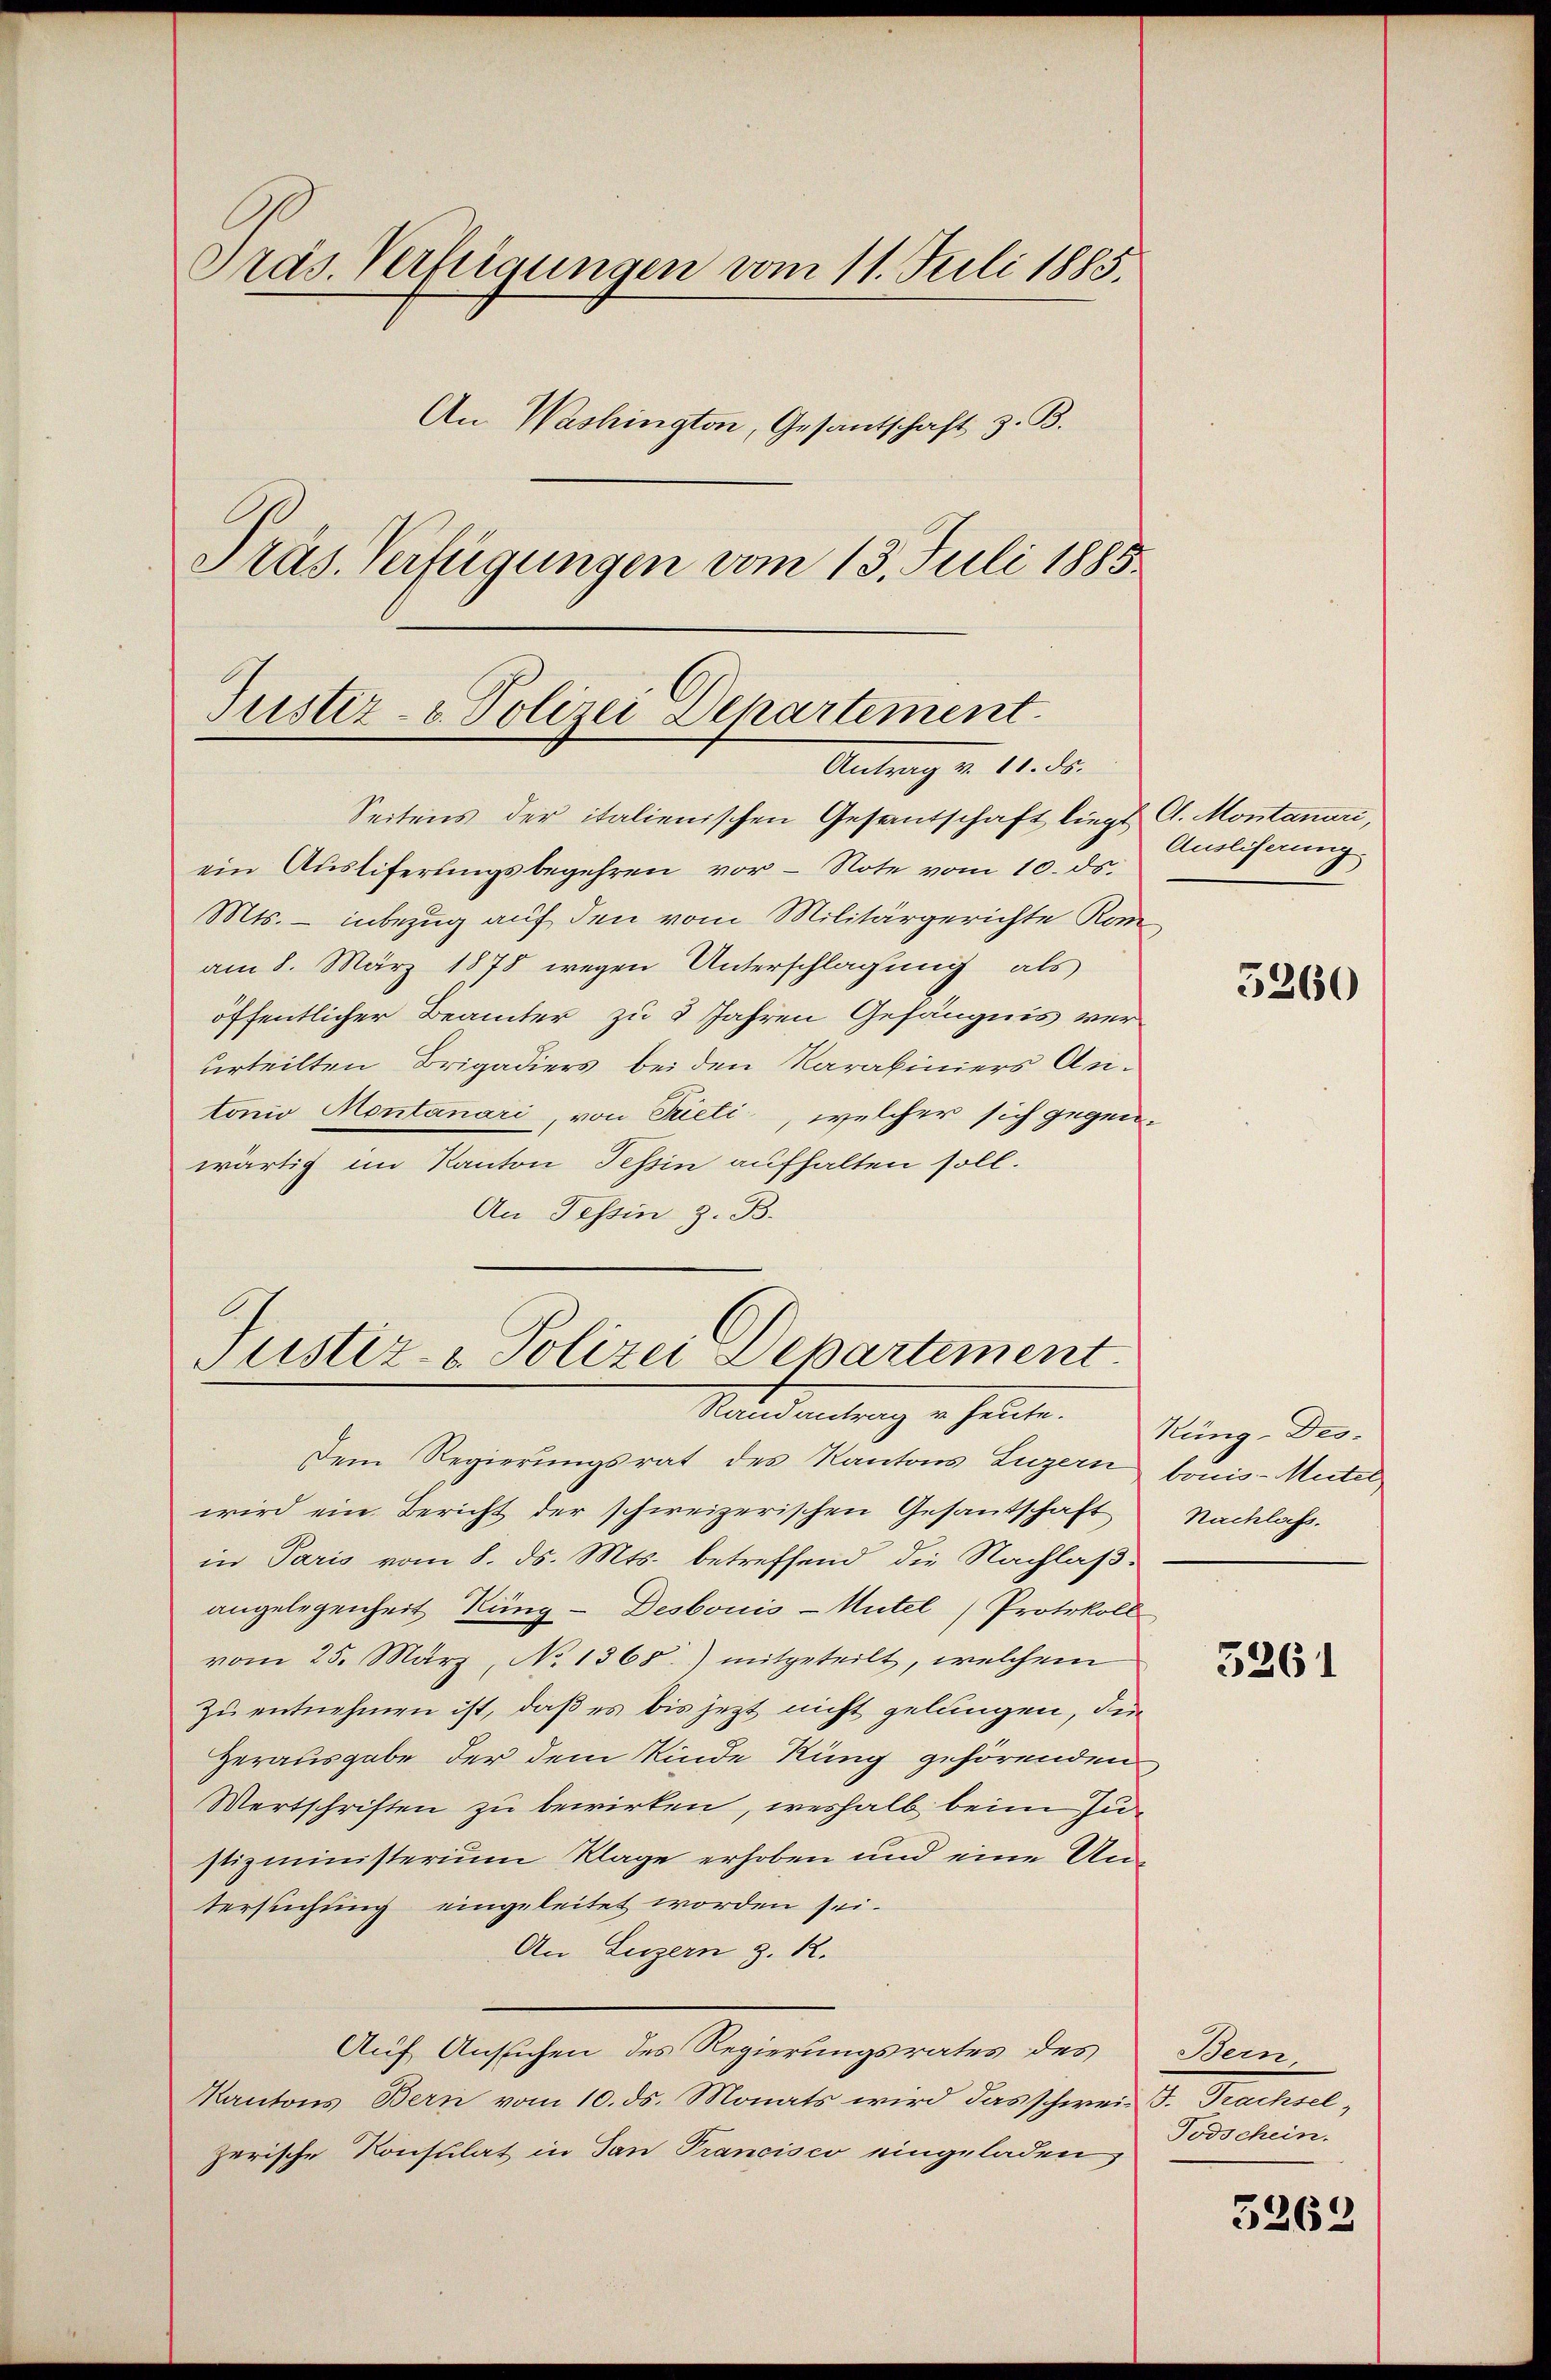
Präs. Verfügungen vom 11. Juli 1885.
An Washington, Gesantschaft z. B.
Präs. Verfügungen vom 13. Juli 1885.

Justiz- & Polizei Departement.
Antrag v. 11. ds.

Seitens der italienischen Gesantschaft liegt C. Montanuri,
ein Ausliferungsbegehren vor Note vom 10. ds.
Mts. — inbezug auf den vom Militärgerichte Rom
am 8. März 1878 wegen Unterschlagung als
öffentlicher Beamter zu 8 Jahren Gefängnis verurteilten Brigadiers bei den Karabiniers Antonio Montanari, von Rieti, welcher sich gegen-
wärtig im Kanton Tessin aufhalten soll.
An Tessin z. B.
Justiz- & Polizei Departement

Ausliserung

Standentrag er heute. Ring. Der
Dem Regierungsrat des Kantons Luzern bonis-Mutel
wird ein Bericht der schweizerischen Gesandschaft
in Paris vom 8. ds. Mts. betreffend die Nachlaßangelegenheit Küng - Desbonis - Mitel (Protokoll
vom 25. März, No 1365.) mitgeteilt, welchem
zu entnehmen ist, daß es bis jezt nicht gelungen, den
Herausgabe der dem Kinde Rung gehörenden
Mertschriften zu bewirken, weshalb beim Zustizministerium Klage erhoben und eine Untersuchung eingeleitet worden sei.
An Luzern z. R.
Auf Ansuchen des Regierungsrates des Bern,
Kantons Bern vom 10. ds. Monats wird das schweiz S. Trachselzerische Konsulat in San Francisco eingeladen

5260

Nachlass.

5261

Todschein.

3263